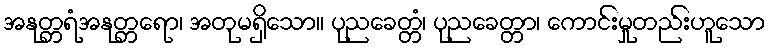
အနုတ္တရံအနုတ္တရော၊ အတုမရှိသော။ ပုညခေတ္တံ၊ ပုညခေတ္တာ၊ ကောင်းမှုတည်းဟူသော